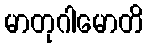
မာတုဂါမောတိ